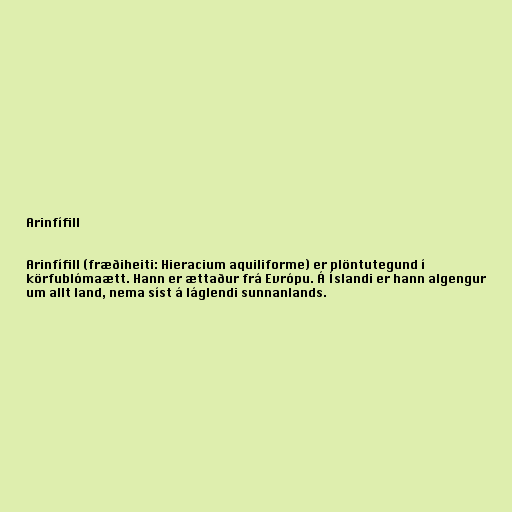
Arinfífill

Arinfífill (fræðiheiti: Hieracium aquiliforme) er plöntutegund í
körfublómaætt. Hann er ættaður frá Evrópu. Á Íslandi er hann algengur
um allt land, nema síst á láglendi sunnanlands.